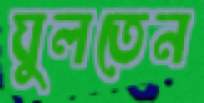
ঘুলতেন